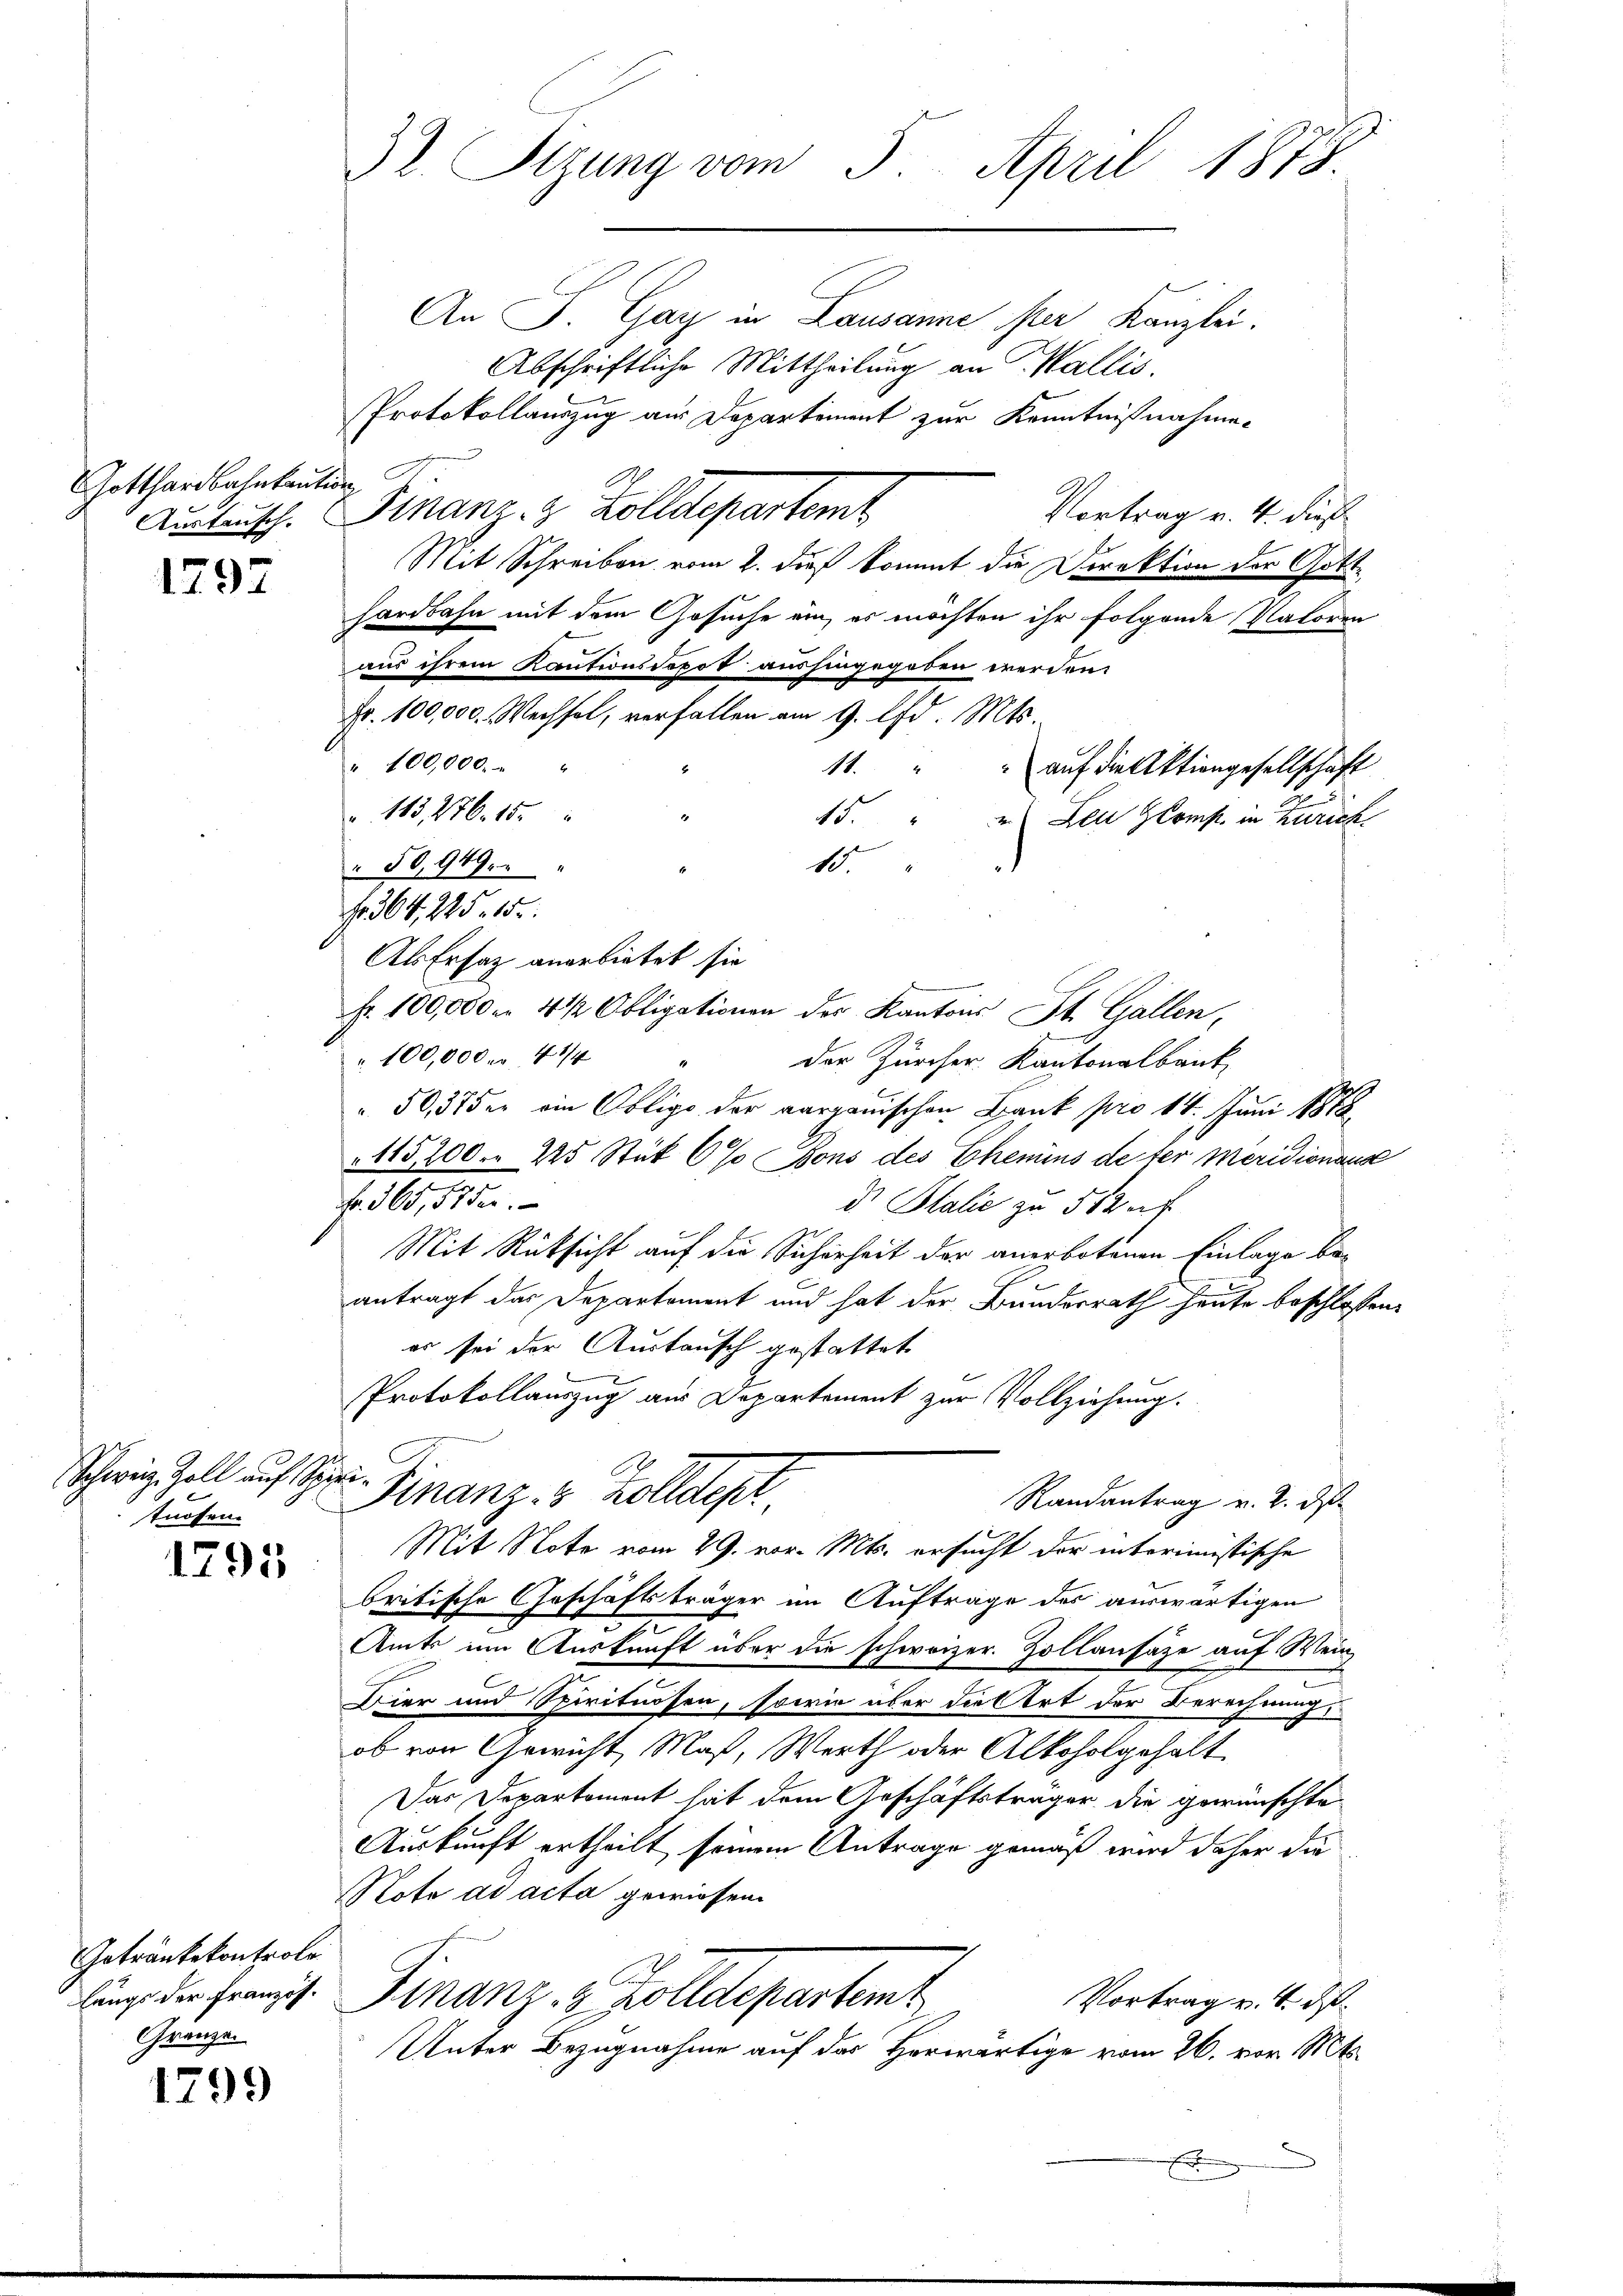
Gotthardbahnkaution

1797

Schweiz. Zoll auf Spiritnösen.

1795

Getränkekontrole
Gränze.

1799

32. Stzung vom 5. April 1873.

An S Gay in Lausanne per Kanzlei.
Abschriftliche Mittheilung an Wallis.
Protokollauszug aus Departement zur Kenntnißnahme.
Vortrag v. 4. dieß
Amtausch. Finanz- & Zolldepartem
Mit Schreiben vom 2. dieß kommt die Direktion der Gotte
hardbahn mit dem Gesuche ein, es möchten ihr folgende Natoren
aus ihrem Kautionsdepot aushingegeben werden.
Fr. 100,000. Wechsel, verfallen am 9. d. Mts.
" 100,000 " "
18.
 auf die Aktiongesellschaft
113, 276. 185
15.
 Leu komp. in Zürich
15
50,949.
f. 364, 225. 15.
Als Ersatz anerbietet sie
fr. 100,000 m 4 ½ Obligationen der Kantons St. Gallen,
" 100,000 fr. 414
der Zürcher Kantonalbank
50,37 der am Obligo der aargauischen Bank pro 14. Juni 1878
115, 200. 225 Stük 6% ons des Chemins de ter Meridionaise
fr. 565, 51 de
d. Stalie zu 512 f.
Mit Rücksicht auf die Sicherheit der anerbotenen Einlage be-
antragt das Departement und hat der Bundesrath heute beschlossen,
es sei der Austausch gestattet
Protokollauszug aus Departement zur Vollziehung.
Finanz- & Zolldept
Randantrag v. 2. ds.
Mit Note vom 29. vor. Mts. ersucht der interimistische
britische Geschäftsträger im Auftrage des auswärtigen
Amts um Auskunft über die schweizer. Zollansätze auf Wein
Bier und Spirituosen, sowie aber die Art der Berechnung,
ob von Gewicht, Maß, Werth oder Alkoholgehalt
Das Departement hat dem Geschäftsträger die gewünschte
Auskunft ertheilt, seinem Antrage gemäß wird daher die
Note ad acta gewiesen.
lung der Franz. Finanz- 8 Zolldepartem
Vortrag v. 4. ds.
Unter Bezugnahme auf der Herwärtige vom 26. vor. Mts.

E